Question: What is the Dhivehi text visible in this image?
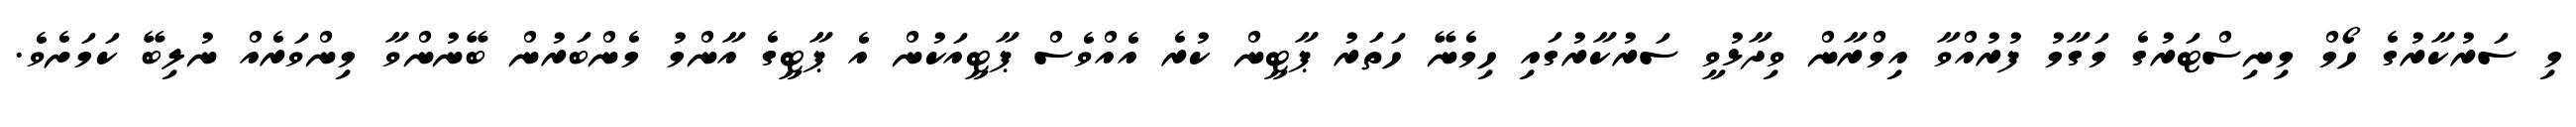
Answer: މި ސަރުކާރުގެ ހޯމް މިނިސްޓަރުގެ މަގާމު ފުރުއްވާ އިމްރާން ވިދާޅުވީ ސަރުކާރުގައި ހިމެނޭ ހަތަރު ޕާޓީން ކުރެ އެއްވެސް ޕާޓީއަކުން އެ ޕާޓީގެ އާންމު މެންބަރުން ބޭނުންވާ މިންވަރެއް ނުލިބޭ ކަމަށެވެ.